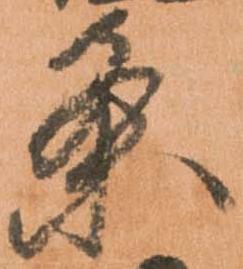
条